Report on horse surra - Volume II, Part II
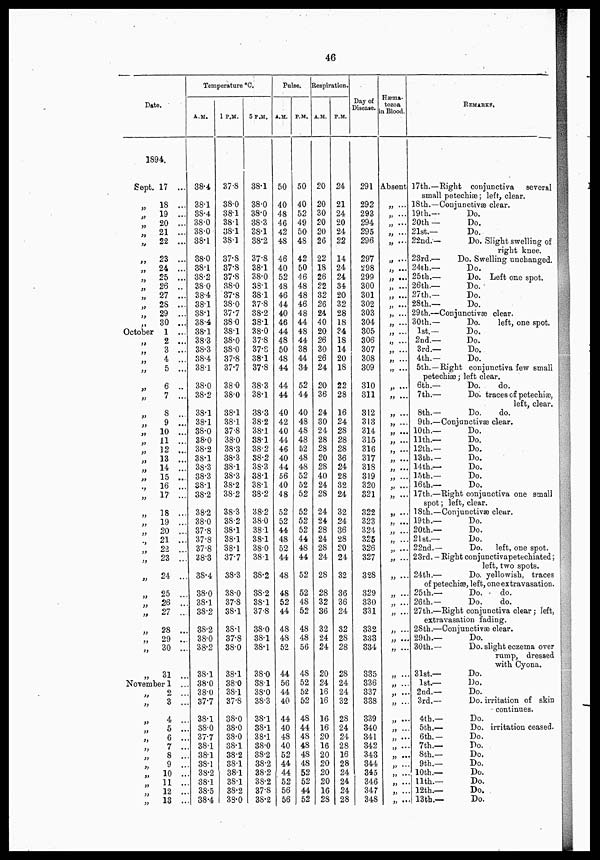
46
Date.
1894.
Sept.
„
„
„
„
„
„
„
„
„
„
„
„
„
October
„
„
„
„
„
„
„
„
„
„
„
„
„
„
„
„
„
„
„
„
„
„
„
17 ...
18 ...
19 ...
20 ...
21 ...
22 ...
23 ...
24 ...
25 ...
26 ..
27 ...
28 ...
29 ...
30 ...
1 ...
2 ...
3 ...
4 ...
5 ...
6 ..
7 ...
8 ...
9 ...
10 ...
11 ...
12 ...
13 ...
14 ...
15 ...
16 ...
17 ...
18 ...
19 ...
20 ...
21 ...
22 ...
23 ...
24 ...
25 ...
26 ...
27 ...
28 ...
29 ...
30 ...
31 ..
November 1 ..
„
„
„
„
„
„
„
2 ..
3 ..
4 ..
5 ..
6 ..
7 ..
8 ..
9 ..
10 ..
11 ..
12 ..
13 ..
Temperature °C,
A..M.
38.4
38.1
38.4
38.0
38.0
38.1
38.0
38.1
38.2
38.0
38.4
38.1
38..1
38.4
38.1
38.3
38.3
38.4
38.1
38.0
38.2
38.1
38.1
38.0
38.0
38.2
38.1
38.3
38.3
38.1
38.2
38.2
38.0
37.8
37.8
37.8
38.3
38.4
38.0
38.1
38.2
38.2
38.0
38.2
38.1
38.0
38.0
37.7
38.1
38.0
37.7
38.1
38.1
38.1
38.2
38.1
38.5
38.4
1 P.M.
37.8
38.0
38.1
38.1
38.1
38.1
37.8
37.8
37.8
38.0
37.8
38.0
37.7
38.0
38.1
38.0
38.0
37.8
37.7
38.0
38.0
88.1
38.1
37.8
38.0
38.3
38.3
38.1
38.3
38.2
38.2
38.3
38.2
38.1
38.1
38.1
37.7
38.3
38.0
37.8
38.1
38.1
37.8
38.0
38.1
38.0
38.1
37.8
38.0
38.0
38.0
38.1
38.2
38.1
38.1
38.1
38.2
38.0
5 P.M.
38.1
38.0
38.0
38.3
38.1
38.2
37.8
38.1
38.0
38.1
38.1
37.8
38.2
38.1
38.0
37.8
37.S
38.1
37.8
38.3
38.1
38.3
38.2
38.1
38.1
38.2
38.2
38.3
38.1
38.1
38.2
38.2
38.0
38.1
38.1
38.0
38.1
88.2
38.2
38.1
37.8
38.0
38.1
38.1
38.0
38.1
38.0
38.3
38.1
38.1
38.1
38.0
38.2
38.2
38.2
38.2
37.8
38.2
Pulse.
A.M.
50
40
48
46
42
48
46
40
52
48
46
44
40
46
44
48
50
48
44
44
44
40
42
40
44
46
40
44
56
40
48
52
52
44
48
52
44
48
48
52
44
48
48
52
44
56
44
40
44
40
48
40
52
44
44
52
56
56
P.M.
50
40
52
49
50
48
42
50
416
48
48
46
48
44
48
44
38
44
34
52
44
40
48
48
48
52
48
48
52
52
52
52
52
52
44
48
44
52
52
48
52
48
48
56
48
52
52
52
48
44
48
48
4S
48
52
52
44
52
Respiration.
A.M.
20
20
30
20
20
26
22
18
26
22
32
26
24
40
20
26
30
26
24
20
36
24
30
24
28
28
20
28
40
24
28
24
24
28
24
28
24
28
28
32
36
32
24
24
20
24
16
16
16
16
20
16
20
20
20
20
16
28
P.M.
24
21
24
20
24
22
14
24
24
34
20
32
28
18
34
18
14
20
18
22
28
16
24
28
28
28
36
24
28
32
24
32
24
36
28
20
24
32
36
36
24
32
28
28
28
24
24
32
28
24
24
28
16
28
24
24
24
28
Day of
Disease. .
291
292
293
294
295
296
297
298
299
300
301
302
303
304
305
306
307
308
309
310
311
312
313
314
315
316
317
318
319
320
321
322
323
324
325
326
327
328
329
330
331
332
333
334
335
336
337
338
339
340
341
342
343
344
345
346
347
348
Hæma.
tozoa
in Blood.
Absent
„ ...
„ ...
„ ...
„ ...
„ ...
„ ...
„ ...
„ ...
„ ...
„ ...
„ ...
„ ...
„ ...
„ ...
„ ...
„ ...
„ ...
„ ...
„ ...
„ ...
„ ...
„ ...
„ ...
„ ...
„ ...
„ ...
„ ...
„ ...
„ ...
„
...
„ ...
„ ...
„
...
„ ...
„ ...
„ ...
„ ...
„ ...
„ ...
„ ...
„ ...
„ ...
„ ...
„ ...
„ ...
„ ...
„ ...
„ ...
„ ...
„ ...
„ ...
„ ...
„ ...
„ ...
„ ...
„ ...
REMARKS.
17th.—Right conjunctiva
several
small petechiæ; left, clear.
18th.—Conjunctivæ clear.
19th.—
Do.
20th —
Do.
21st.—
Do.
22nd.—
Do. Slight swelling of
right knee.
23rd.—
Do. Swelling unchanged.
24th.—
Do.
25th.—
Do. Left one spot.
26th.—
Do.
27th.—
Do.
28th.—
Do.
29 th.—Conjunctivæ clear.
30th.—
Do.
left, one spot.
1st.—
Do.
2nd.—
Do.
3rd.—
Do.
4th.—
Do.
5th.—Right conjunctiva few small
petechiæ; left clear.
6th.—
Do. . do.
7th.—
Do. traces of petechiæ,
left, clear.
8th.—
Do.
do.
9th.—Conjunctivæ clear.
10th.—
Do.
11th.—
Do.
12th.—
Do.
13th..
Do.
14th.—
Do.
15th.—
Do.
16th.—
Do.
17th.—Right conjunctiva one small
spot; left, clear.
18th.—Conjunctivæ clear.
19th.—
Do.
20th.—
Do.
21st.—
Do.
22nd.—
Do. left, one spot.
23rd. . Right conjunctivapetechiated;
left, two spots.
24th.—
Do. yellowish, traces
of petechias, left, one extravasation.
25th.—
Do.
do.
26 th.—
Do.
do.
27th.—Right conjunctiva clear; left,
extravasation fading.
2Sth.—Conjunctivæ clear.
29th.—
Do.
30th.—
Do. slight eczema over
rump, dressed
with Cyona.
31st.—
Do.
1st.—
Do.
2nd.—
Do.
3rd.—
Do. irritation of skin
continues.
4th.—
Do.
5th.—
Do. irritation ceased.
6th..
Do.
7th.—
Do.
8th.—
Do.
9th.—
Do.
10th.—
Do.
11th.—
Do.
12th.—
Do.
13th.—
Do.